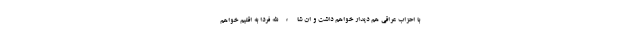
با احزاب عراقی هم دیدار خواهم داشت و ان شاءالله فردا به اقلیم خواهم